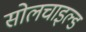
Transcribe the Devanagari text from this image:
सोलचाइल्ड